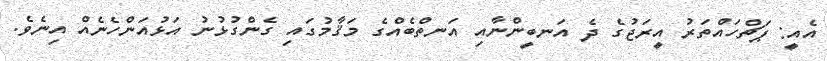
އެއީ: ޕަޗްހައްތަރު އީރަޖުގެ ދެ އަނބީންނާއި އަނތްބެއްގެ މަޤާމުގައި ގެންގުޅުނު އަޅުއަންހެނެއް އިނެވެ.